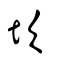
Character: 坎